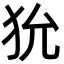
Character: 狁